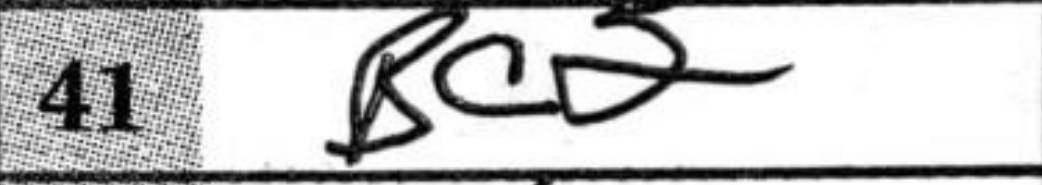
Transcription: Bc2